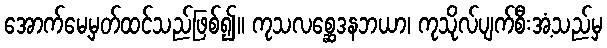
အောက်မေ့မှတ်ထင်သည်ဖြစ်၍။ ကုသလစ္ဆေဒနဘယာ၊ ကုသိုလ်ပျက်စီးအံ့သည်မှ